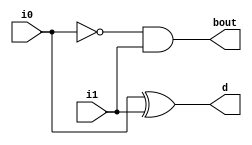
module half_subtractor(
    input i0, i1,
    output d, bout);

    assign d = i0 ^ i1;
    assign bout = ~i0 & i1;
endmodule